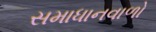
સમાધાનવાળો